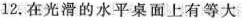
12.在光滑的水平桌面上有等大